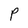
Character: P